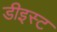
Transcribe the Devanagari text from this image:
डीइस्ट